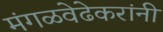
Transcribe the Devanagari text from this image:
मंगळवेढेकरांनी